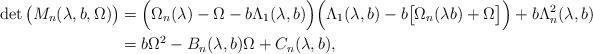
LaTeX: \begin{align*}\det\big(M_{n}(\lambda,b,\Omega)\big) & = \Big(\Omega_{n}(\lambda)-\Omega-b\Lambda_{1}(\lambda,b)\Big)\Big(\Lambda_{1}(\lambda,b)-b\big[\Omega_{n}(\lambda b)+\Omega\big]\Big)+b\Lambda_{n}^{2}(\lambda,b)\\& = b\Omega^{2}-B_{n}(\lambda,b)\Omega+C_{n}(\lambda,b),\end{align*}